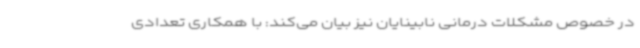
در خصوص مشکلات درمانی نابینایان نیز بیان می‌کند: با همکاری تعدادی